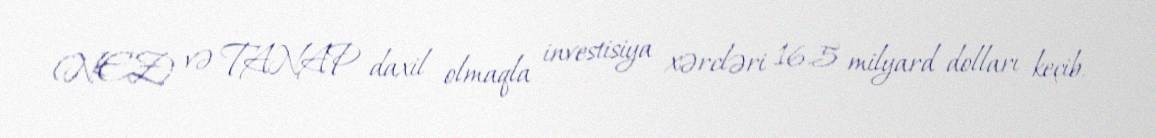
(NEZ) və TANAP daxil olmaqla investisiya xərcləri 16.5 milyard dolları keçib.